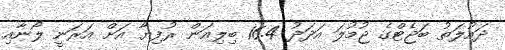
ދައުލަތު ބަޖެޓްގެ ޖުމުލަ އަދަދު 16.4 ބިލިއަން ރުފިޔާ އަށް އަރަނީ ލޯނާއި